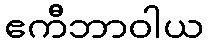
ဧကီဘာဝါယ